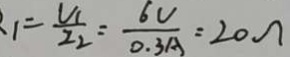
1 = \frac { V _ { 1 } } { I _ { 2 } } = \frac { 6 V } { 0 . 3 A } = 2 0 \Omega